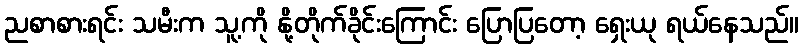
ညစာစားရင်း သမီးက သူ့ကို နို့တိုက်ခိုင်းကြောင်း ပြောပြတော့ ရှေးယု ရယ်နေသည်။